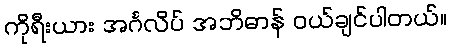
ကိုရီးယား အင်္ဂလိပ် အဘိဓာန် ဝယ်ချင်ပါတယ်။